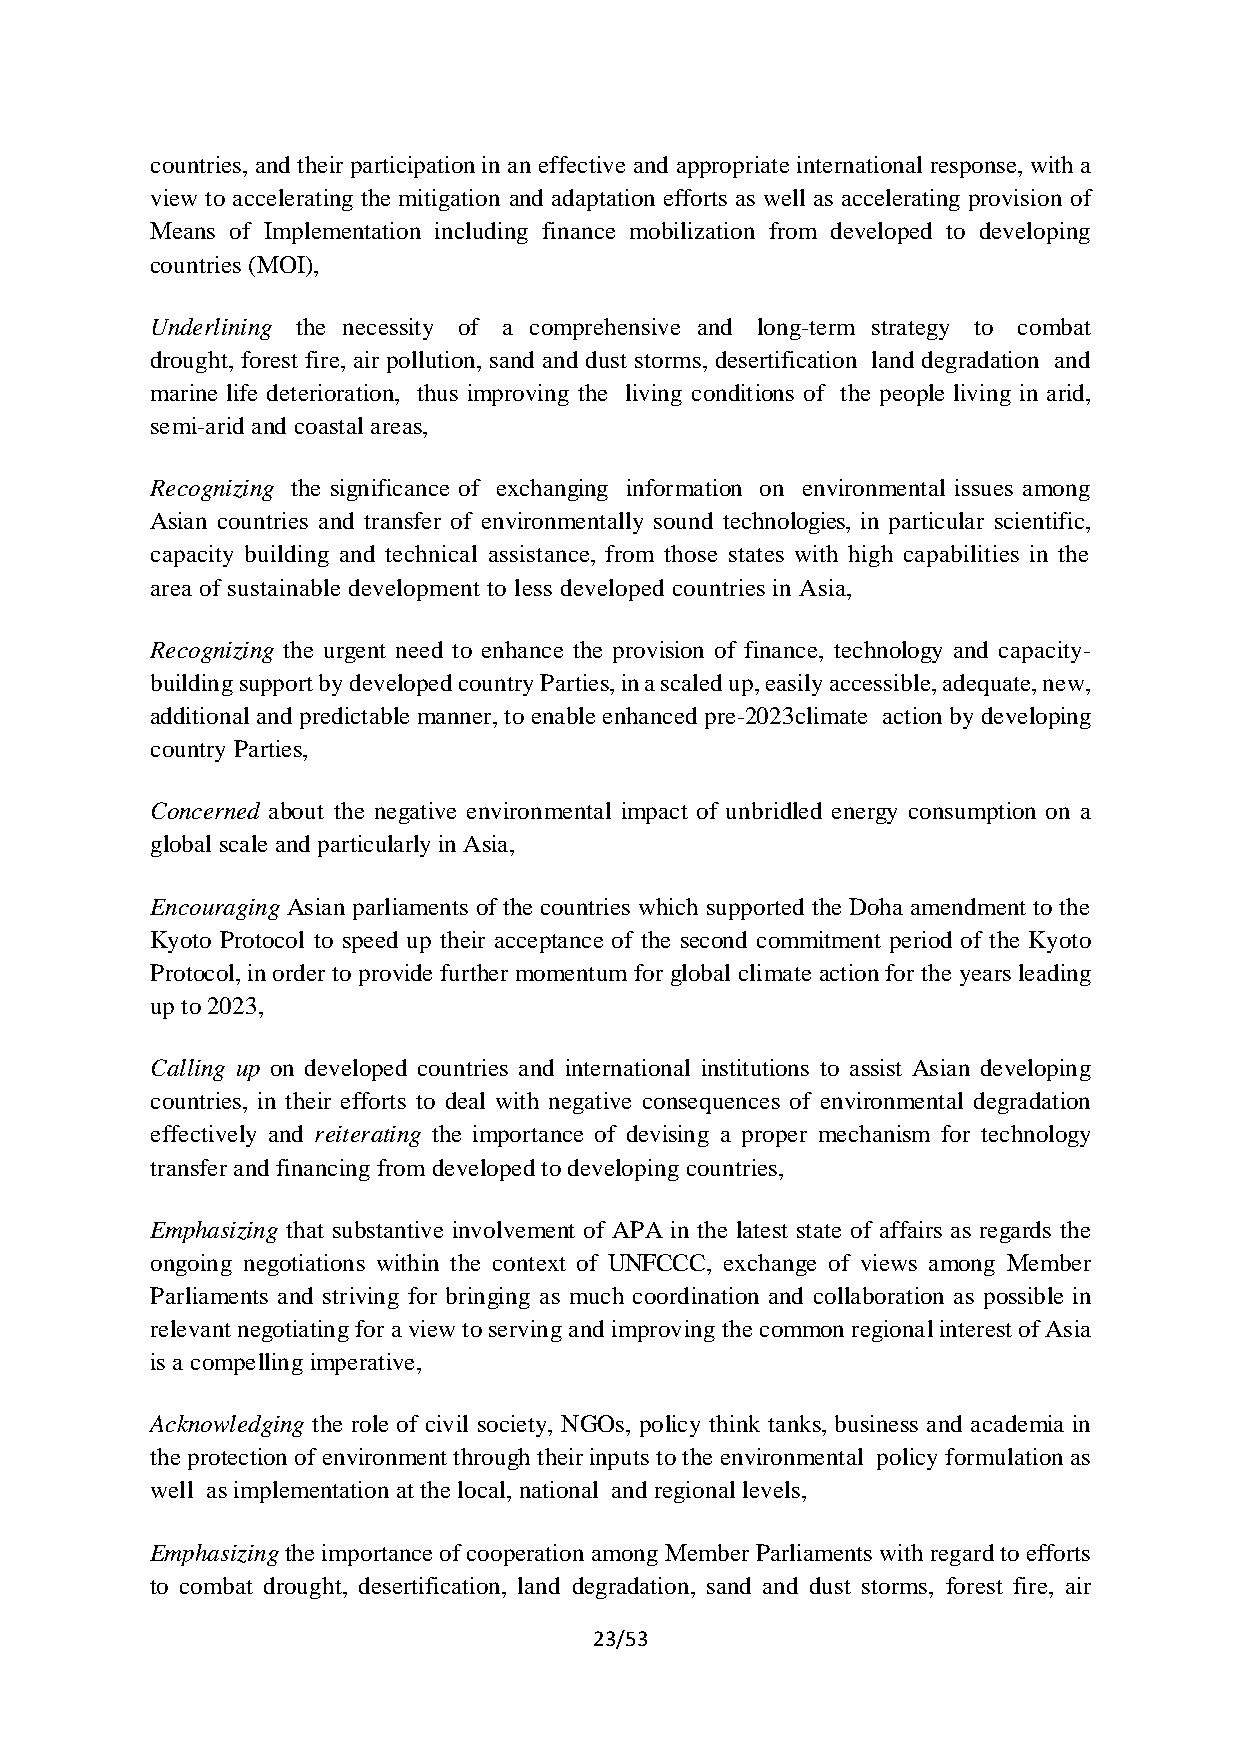
countries, and their participation in an effective and appropriate international response, with a
 view to accelerating the mitigation and adaptation efforts as well as accelerating provision of
 Means of Implementation including finance mobilization from developed to developing
 countries (MOI),
 Underlining the necessity of a comprehensive and long-term strategy to combat
 drought, forest fire, air pollution, sand and dust storms, desertification land degradation and
 marine life deterioration, thus improving the living conditions of the people living in arid,
 semi-arid and coastal areas,
 Recognizing the significance of exchanging information on environmental issues among
 Asian countries and transfer of environmentally sound technologies, in particular scientific,
 capacity building and technical assistance, from those states with high capabilities in the
 area of sustainable development to less developed countries in Asia,
 Recognizing the urgent need to enhance the provision of finance, technology and capacity-
 building support by developed country Parties, in a scaled up, easily accessible, adequate, new,
 additional and predictable manner, to enable enhanced pre-2023climate action by developing
 country Parties,
 Concerned about the negative environmental impact of unbridled energy consumption on a
 global scale and particularly in Asia,
 Encouraging Asian parliaments of the countries which supported the Doha amendment to the
 Kyoto Protocol to speed up their acceptance of the second commitment period of the Kyoto
 Protocol, in order to provide further momentum for global climate action for the years leading
 up to 2023,
 Calling up on developed countries and international institutions to assist Asian developing
 countries, in their efforts to deal with negative consequences of environmental degradation
 effectively and reiterating the importance of devising a proper mechanism for technology
 transfer and financing from developed to developing countries,
 Emphasizing that substantive involvement of APA in the latest state of affairs as regards the
 ongoing negotiations within the context of UNFCCC, exchange of views among Member
 Parliaments and striving for bringing as much coordination and collaboration as possible in
 relevant negotiating for a view to serving and improving the common regional interest of Asia
 is a compelling imperative,
 Acknowledging the role of civil society, NGOs, policy think tanks, business and academia in
 the protection of environment through their inputs to the environmental policy formulation as
 well as implementation at the local, national and regional levels,
 Emphasizing the importance of cooperation among Member Parliaments with regard to efforts
 to combat drought, desertification, land degradation, sand and dust storms, forest fire, air
 23/53